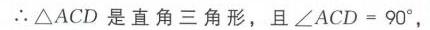
$\therefore \triangle ACD$是直角三角形，且$\angle ACD = 90^{\circ}$，